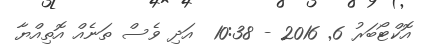
އޮކްޓޯބަރު 6